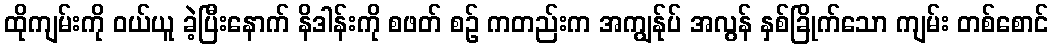
ထိုကျမ်းကို ဝယ်ယူ ခဲ့ပြီးနောက် နိဒါန်းကို စဖတ် စဉ် ကတည်းက အကျွန်ုပ် အလွန် နှစ်ခြိုက်သော ကျမ်း တစ်စောင်